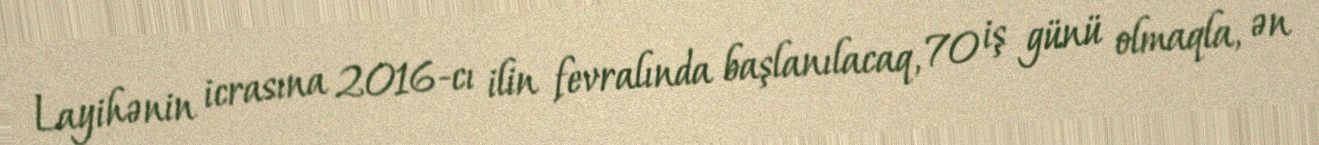
Layihənin icrasına 2016-cı ilin fevralında başlanılacaq, 70 iş günü olmaqla, ən